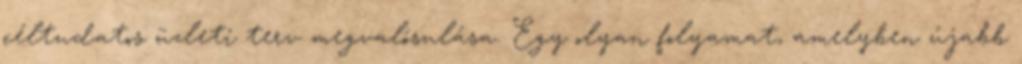
céltudatos üzleti terv megvalósulása. Egy olyan folyamat, amelyben újabb